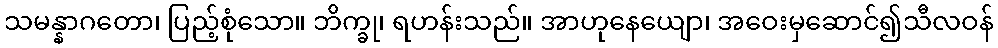
သမန္နာဂတော၊ ပြည့်စုံသော။ ဘိက္ခု၊ ရဟန်းသည်။ အာဟုနေယျော၊ အဝေးမှဆောင်၍သီလဝန်